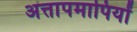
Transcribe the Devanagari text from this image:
अत्तापमापियों